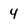
Character: 4